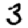
Digit: 3